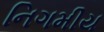
નિગમીય